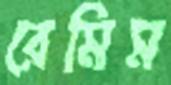
রেমিম